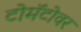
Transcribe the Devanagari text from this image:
टोमॅटोवर